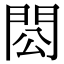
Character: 𨳗